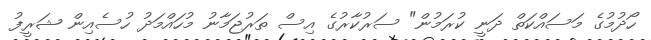
ހޯދުމުގެ މަސައްކަތް ދަނީ ކުރަމުން" ސަރުކާރުގެ އިސް ތަރުޖަމާނު މުހައްމަދު ހުސެއިން ޝަރީފު